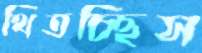
থিতচ্ছিস